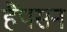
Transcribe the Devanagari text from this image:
हैंपसन